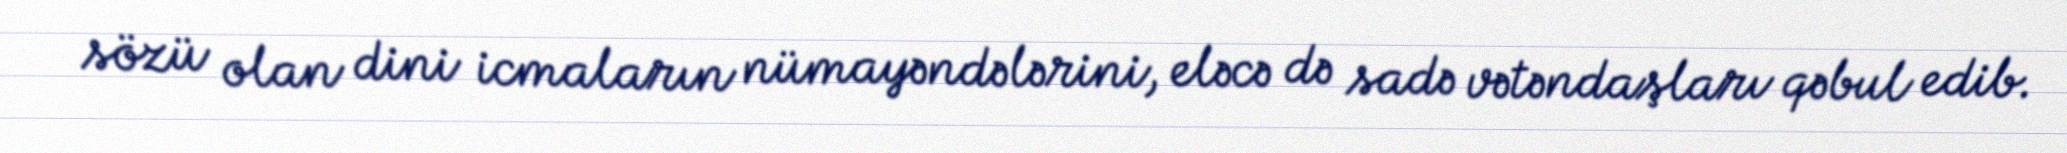
sözü olan dini icmaların nümayəndələrini, eləcə də sadə vətəndaşları qəbul edib.